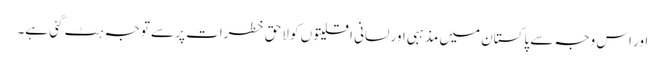
اور اس وجہ سے پاکستان میں مذہبی اور لسانی اقلیتوں کو لاحق خطرات پر سے توجہ ہٹ گئی ہے۔